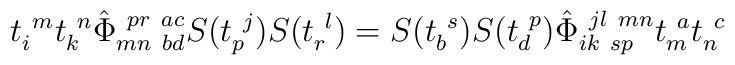
t_{i}^{~m}t_{k}^{~n}\hat{\Phi}_{mn~bd}^{~pr~ac}S(t_{p}^{~j})S(t_{r}^{~l})=S(t_{b}^{~s})S(t_{d}^{~p})\hat{\Phi}_{ik~sp}^{~jl~mn}t_{m}^{~a}t_{n}^{~c}